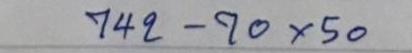
742 - 70 x 50